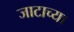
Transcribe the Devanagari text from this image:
जाटाच्या